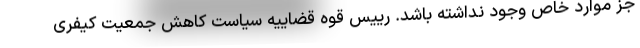
جز موارد خاص وجود نداشته باشد. رییس قوه قضاییه سیاست کاهش جمعیت کیفری